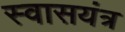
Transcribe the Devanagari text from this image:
स्वासयंत्र